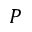
P